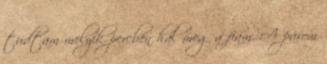
tudtam melyik percben hal meg a fiam. A párom